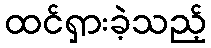
ထင်ရှားခဲ့သည့်